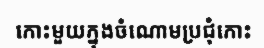
កោះមួយក្នុងចំណោមប្រជុំកោះ